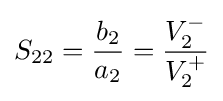
S_{22}={\frac {b_{2}}{a_{2}}}={\frac {V_{2}^{-}}{V_{2}^{+}}}